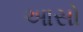
આસો